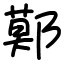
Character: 鄚